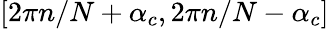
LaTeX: [2\pi n/N+\alpha_{c},2\pi n/N-\alpha_{c}]